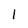
Character: l